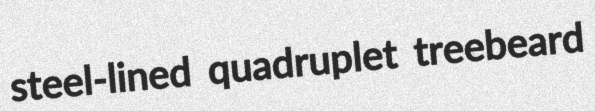
steel-lined quadruplet treebeard